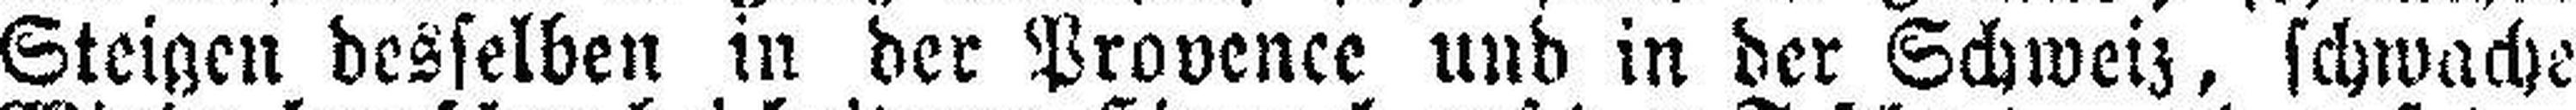
Steigen desselben in der Provence und in der Schweiz, schwache